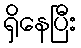
ရှိနေပြီး